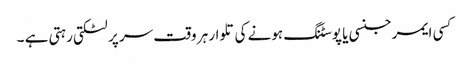
کسی ایمرجنسی یا پوسٹنگ ہونے کی تلوار ہر وقت سر پر لٹکتی رہتی ہے ۔